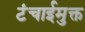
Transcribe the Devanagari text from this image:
टंचाईमुक्त